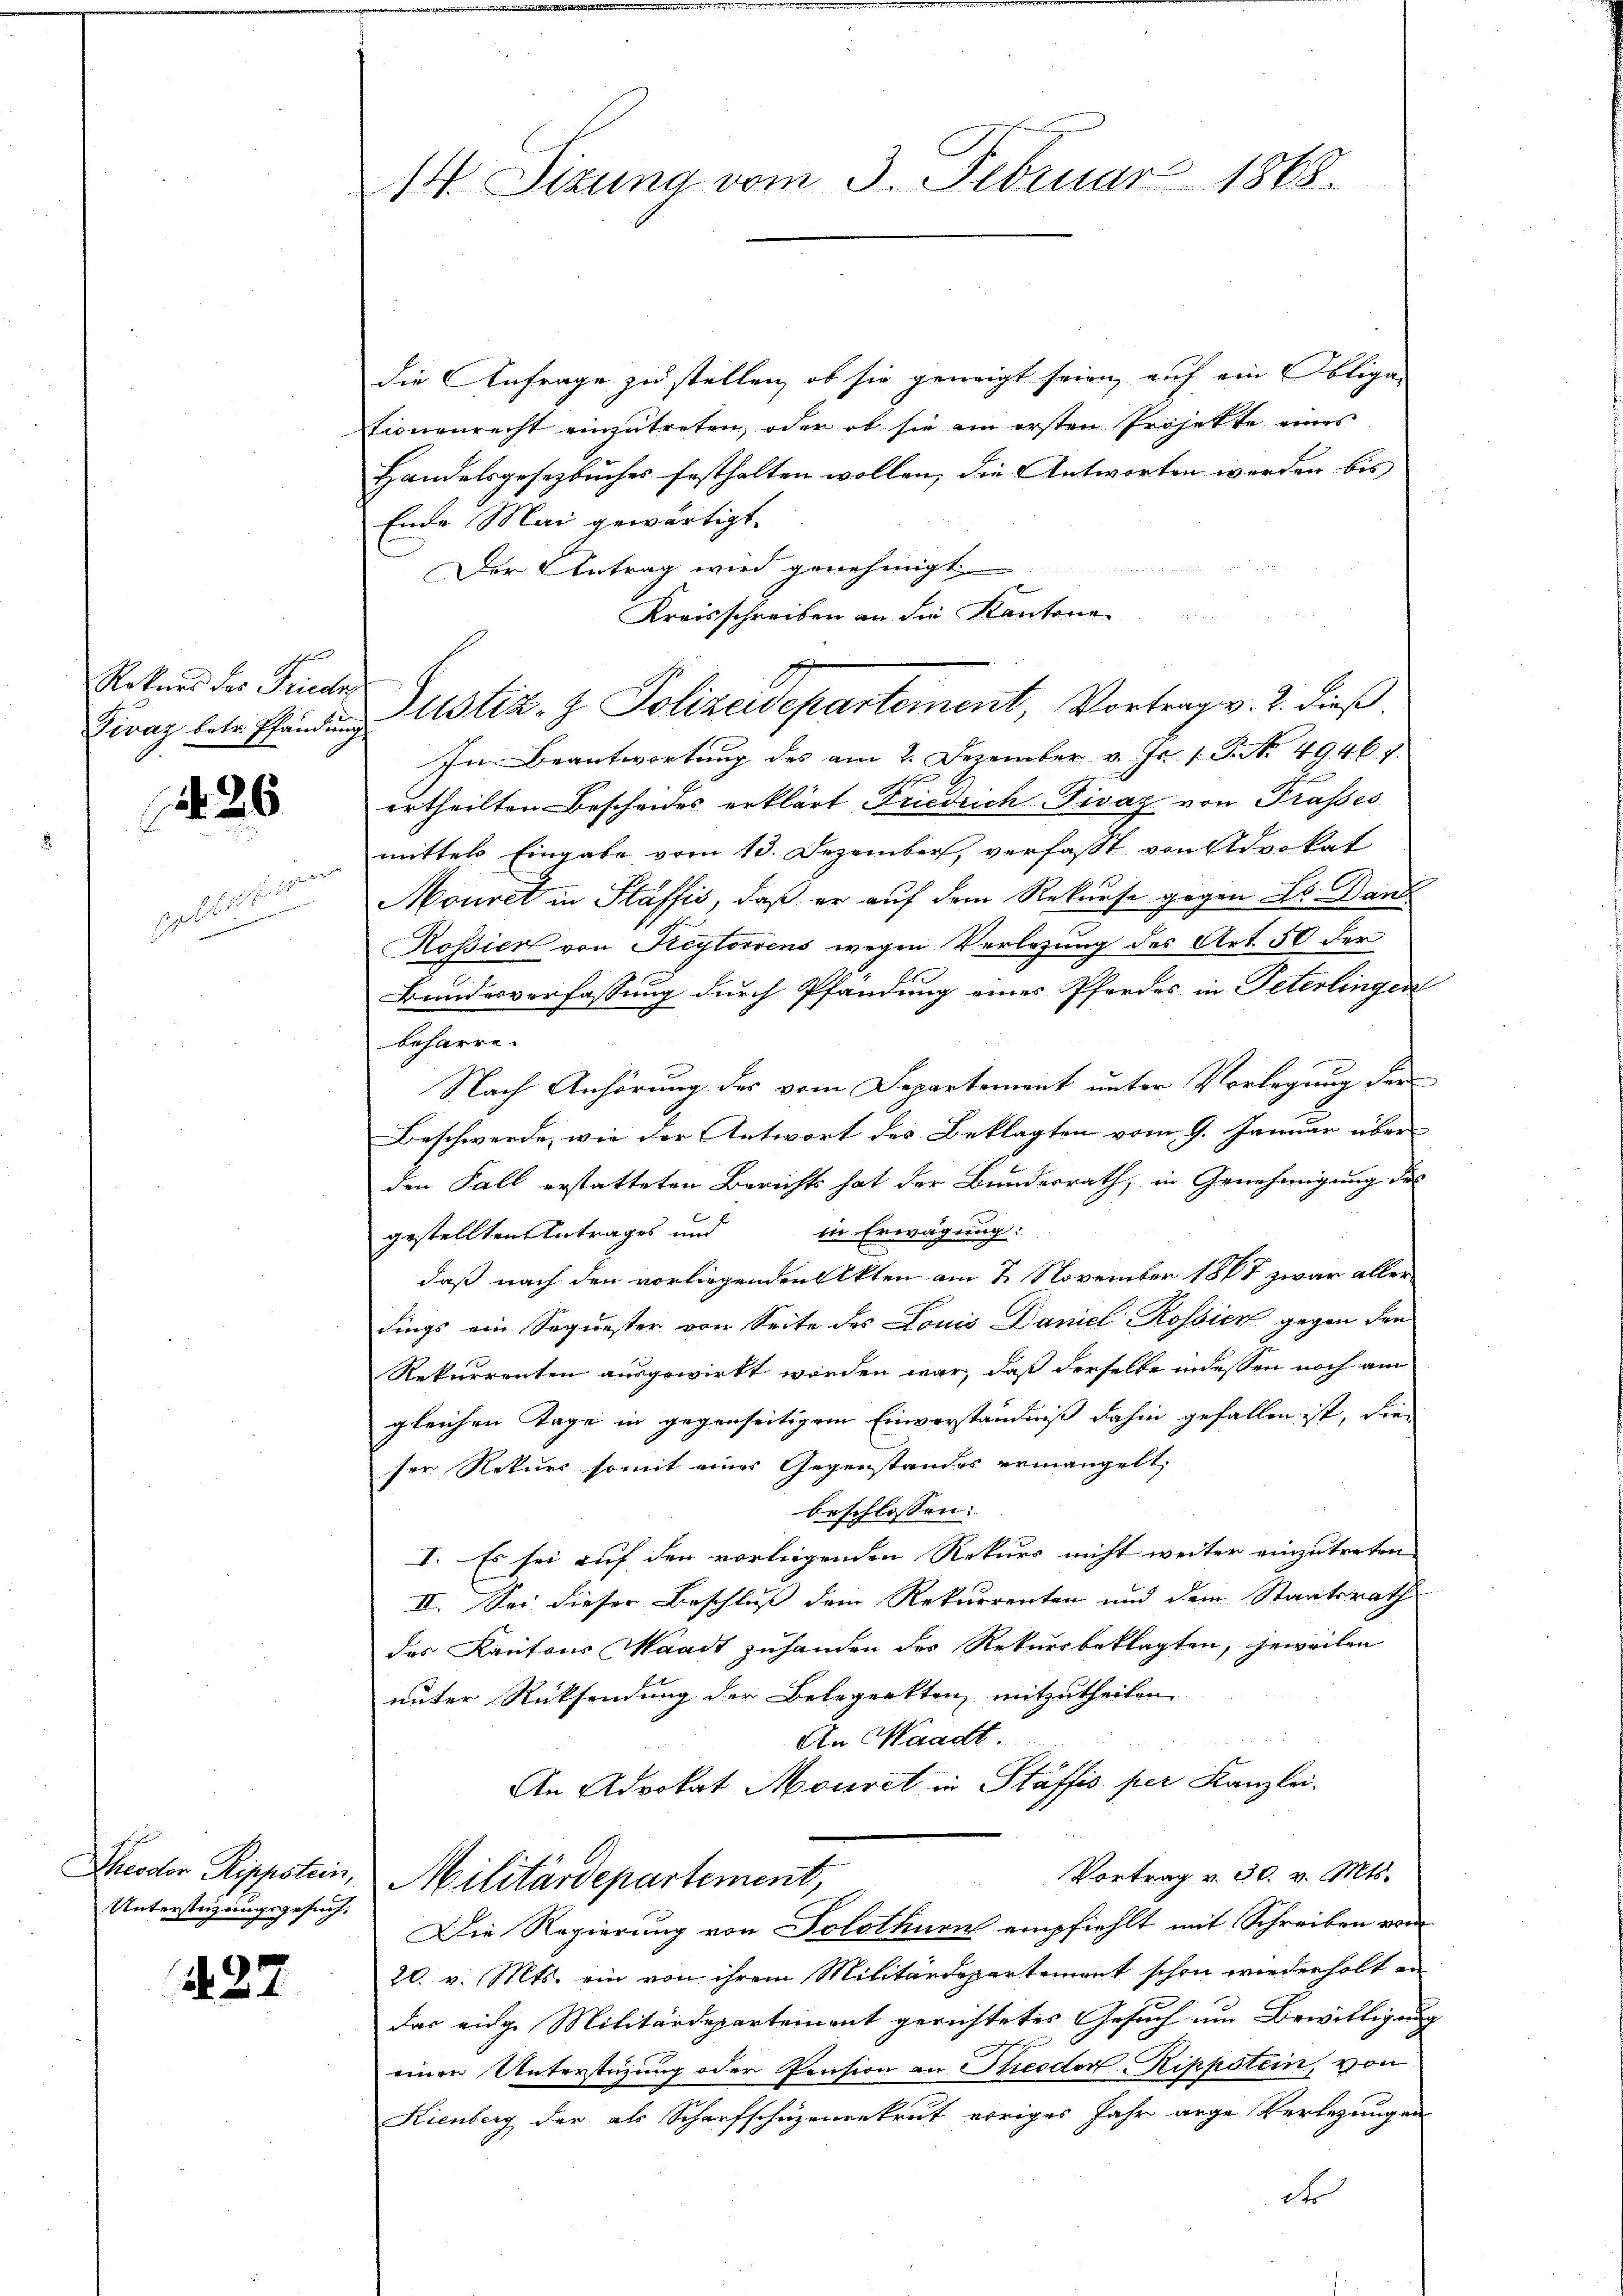
Rekurs des Friedr
Divaz betr. Pfändung

26

galischein

Dreoctor Sippstein,
Unterstüzungsgesuch.

437

14. Sitzung vom 3. Februar 1868.

die Anfrage zu stellen, ob sie geneigt seien, auf ein Obliga-
tionenrecht einzutreten, oder ob sie am ersten Projekte eines
Handelsgesetzbuches festhalten wollen, die Antworten werden bis
Ende Mai gewärtigt.
Der Antrag wird genehmigt

6
Kreisschreiben an die Kantone
In Beantwortung des am 2. Dezember v. Js. 1. P. Nr. 4946
ertheilten Bescheides erklärt Friedrich Divaz von Prasses
mittels Eingabe vom 13. Dezember, verfasst von Advokat
Mouret in Staffić, daß er auf dem Rekurse gegen Al. Dans
Rossier von Keytorrens wegen Verlesung des Art. 50 der
Bundesverfassung durch Pfändung eines Pferdes in Peterlingen
beharre.
Nach Anhörung des vom Departement unter Vorlegung der
Beschwerde, wie der Antwort des Beklagten vom 9. Januar über
den Fall erstatteten Berichts hat der Bundesrath, in Genehmigung des
in Erwägung:
gestellten Antrages und
daß nach den vorliegenden Akten am 2. November 1887 zwar allerdings ein Sequester von Seite des Louis Daniel Rossier gegen den
Rekurrenten ausgewirkt worden war, daß derselbe indessen noch am
gleichen Tage in gegenseitigem Einverständniß dahin gefallen ist, die
ser Rekurs somit einer Gegenstandes ermangelt,
beschlossen:
I. Es sei auf den vorliegenden Rekurs nicht weiter einzutreten
II. Sei dieser Beschluss dem Rekurrenten und dem Staatsrath
des Kantons Waadt zuhanden der Rekursbeklagten, jeweilen
unter Rücksendung der Belegenkten, mitzutheilen.
An Waadt.
An Advokat Mouret in Stäffis per Kanzlei-
Vortrag v. 30. v. Mts.
Militärdepartement,
Die Regierung von Solothurn empfiehlt mit Schreiben vom
20. v. Mts. ein von ihrem Militärdepartement schon wiederholt an
das eidge Militärdepartement gerichtetes Gesuch um Bewilligung
einen Unterstüzung oder Pension an Streodor Rippstein, von
Kienberg der als Scharfschuzenrekrut erriges Jahr ange Verlegungen
do

Justiz- & Polizeidepartement, Vortrag v. 2. dieß